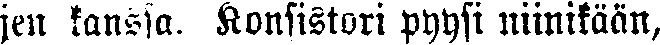
jen kanssa. Konsistori pyysi niinikään,